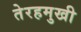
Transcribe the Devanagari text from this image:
तेरहमुखी